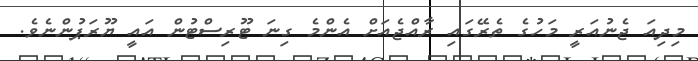
މިދިއަ ޖެނުއަރީ މަހުގެ ތެރޭގައި ރާއްޖެއަށް އެންމެ ގިނަ ޓޫރިސްޓުން އައީ ޔޫރަޕުންނެވެ.